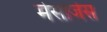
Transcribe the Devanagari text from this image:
मेसांजेस